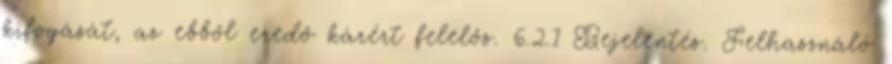
kifogását, az ebből eredő kárért felelős. 6.2.1 Bejelentés. Felhasználó